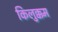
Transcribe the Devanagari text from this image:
किलुक्कम